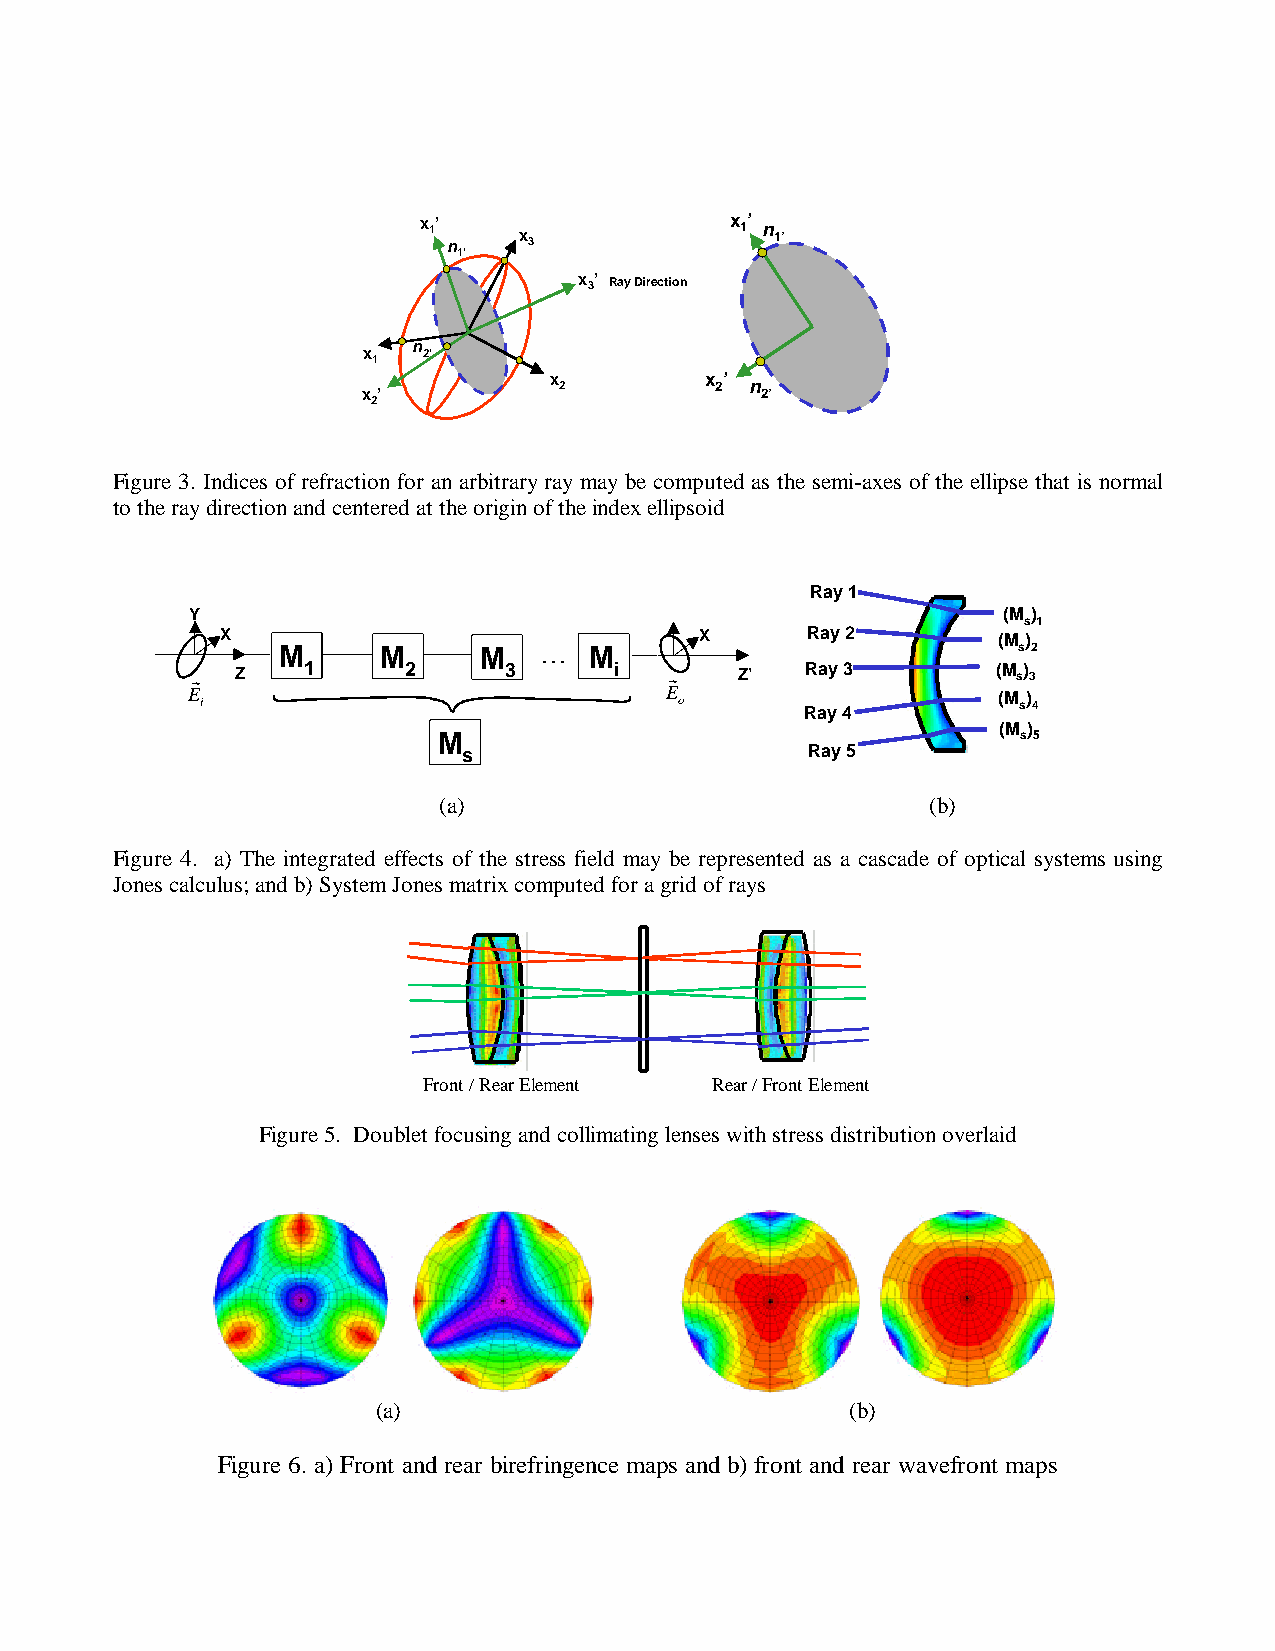
x 1’
 n   x 3
 x 1’ n
 1’
 1’
 x 3’ Ray Direction
 n
 x 1 2’
 x 2        x 2’ n
 x ’                       2’
 2
 Figure 3. Indices of refraction for an arbitrary ray may be computed as the semi-axes of the ellipse that is normal
 to the ray direction and centered at the origin of the index ellipsoid
 Ray 1
 Y                                                    (M )
 s1
 X                              X      Ray 2        (M )
 M      M      M   . . . M                        s2
 r  Z   1      2     3       i  r    Z’  Ray 3        (M s) 3
 E i                             E o      Ray 4        (M s) 4
 (M )
 M                                      s5
 s                      Ray 5
 (a)                            (b)
 Figure 4. a) The integrated effects of the stress field may be represented as a cascade of optical systems using
 Jones calculus; and b) System Jones matrix computed for a grid of rays
 Front / Rear Element Rear / Front Element
 Figure 5. Doublet focusing and collimating lenses with stress distribution overlaid
 (a)                           (b)
 Figure 6. a) Front and rear birefringence maps and b) front and rear wavefront maps